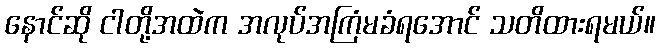
နောင်ဆို ငါတို့အထဲက အလုပ်အကြံမခံရအောင် သတိထားရမယ်။